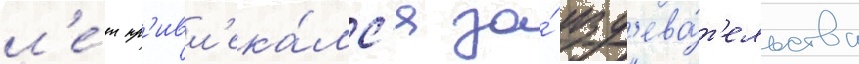
л'е́т пр'ивл'ека́лс'я за́ изд'ева́т'ельства